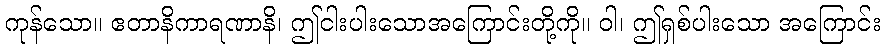
ကုန်သော။ ဧတာနိကာရဏာနိ၊ ဤငါးပါးသောအကြောင်းတို့ကို။ ဝါ၊ ဤရှစ်ပါးသော အကြောင်း